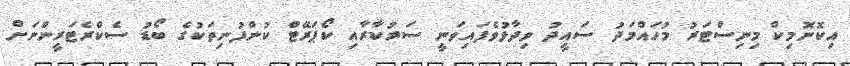
އިކޮނޮމިކް މިނިސްޓަރު މުހައްމަދު ސައީދު ވިދާޅުވެފައިވަނީ ސަރުކާރާއި ކޯޕަރޭޓް ކުންފުނިތަކުގެ ބޯޑު ސެކްރެޓަރީންނަށް